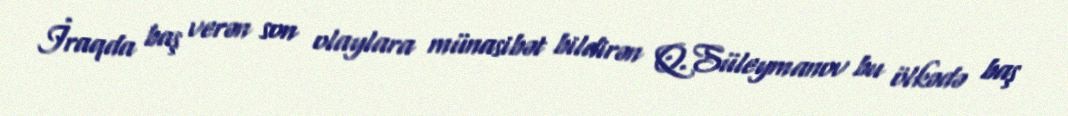
İraqda baş verən son olaylara münasibət bildirən Q.Süleymanov bu ölkədə baş